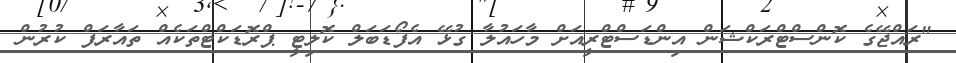
"ރައްޖޭގެ ކޮންސްޓްރަކްޝަން އިންޑަސްޓްރީއަށް މާހައުލާ ގުޅޭ އެފޯޑަބަލް ކޮލިޓީ ޕްރޮޑަކްޓްތަކެއް ތައާރަފް ކުރުން